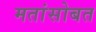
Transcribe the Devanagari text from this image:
मतांसोबत